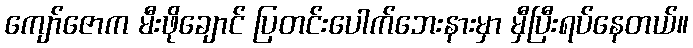
ကျော်ဇောက မီးဖိုချောင် ပြတင်းပေါက်ဘေးနားမှာ မှီပြီးရပ်နေတယ်။